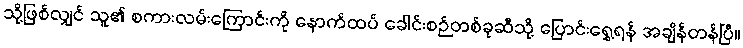
သို့ဖြစ်လျှင် သူ၏ စကားလမ်းကြောင်းကို နောက်ထပ် ခေါင်းစဉ်တစ်ခုဆီသို့ ပြောင်းရွှေ့ရန် အချိန်တန်ပြီ။